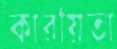
কারয়িতা